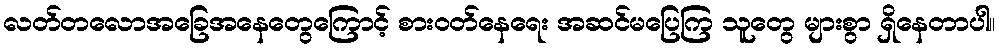
လတ်တလောအခြေအနေတွေကြောင့် စားဝတ်နေရေး အဆင်မပြေကြ သူတွေ များစွာ ရှိနေတာပါ။